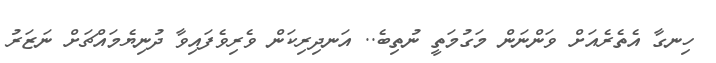
ހިނގާ އެތެރެއަށް ވަންނަން މަގުމަތީ ނުތިބެ.. އަނދިރިކަން ވެރިވެފައިވާ ދުނިޔެމައްޗަށް ނަޒަރު